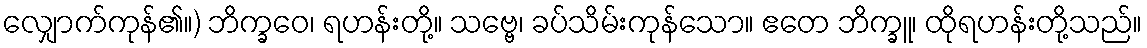
လျှောက်ကုန်၏။) ဘိက္ခဝေ၊ ရဟန်းတို့။ သဗ္ဗေ၊ ခပ်သိမ်းကုန်သော။ ဧတေ ဘိက္ခူ၊ ထိုရဟန်းတို့သည်။